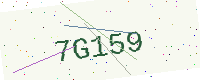
Text: 7G159